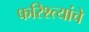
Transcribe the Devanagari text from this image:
फरिश्त्यांचे